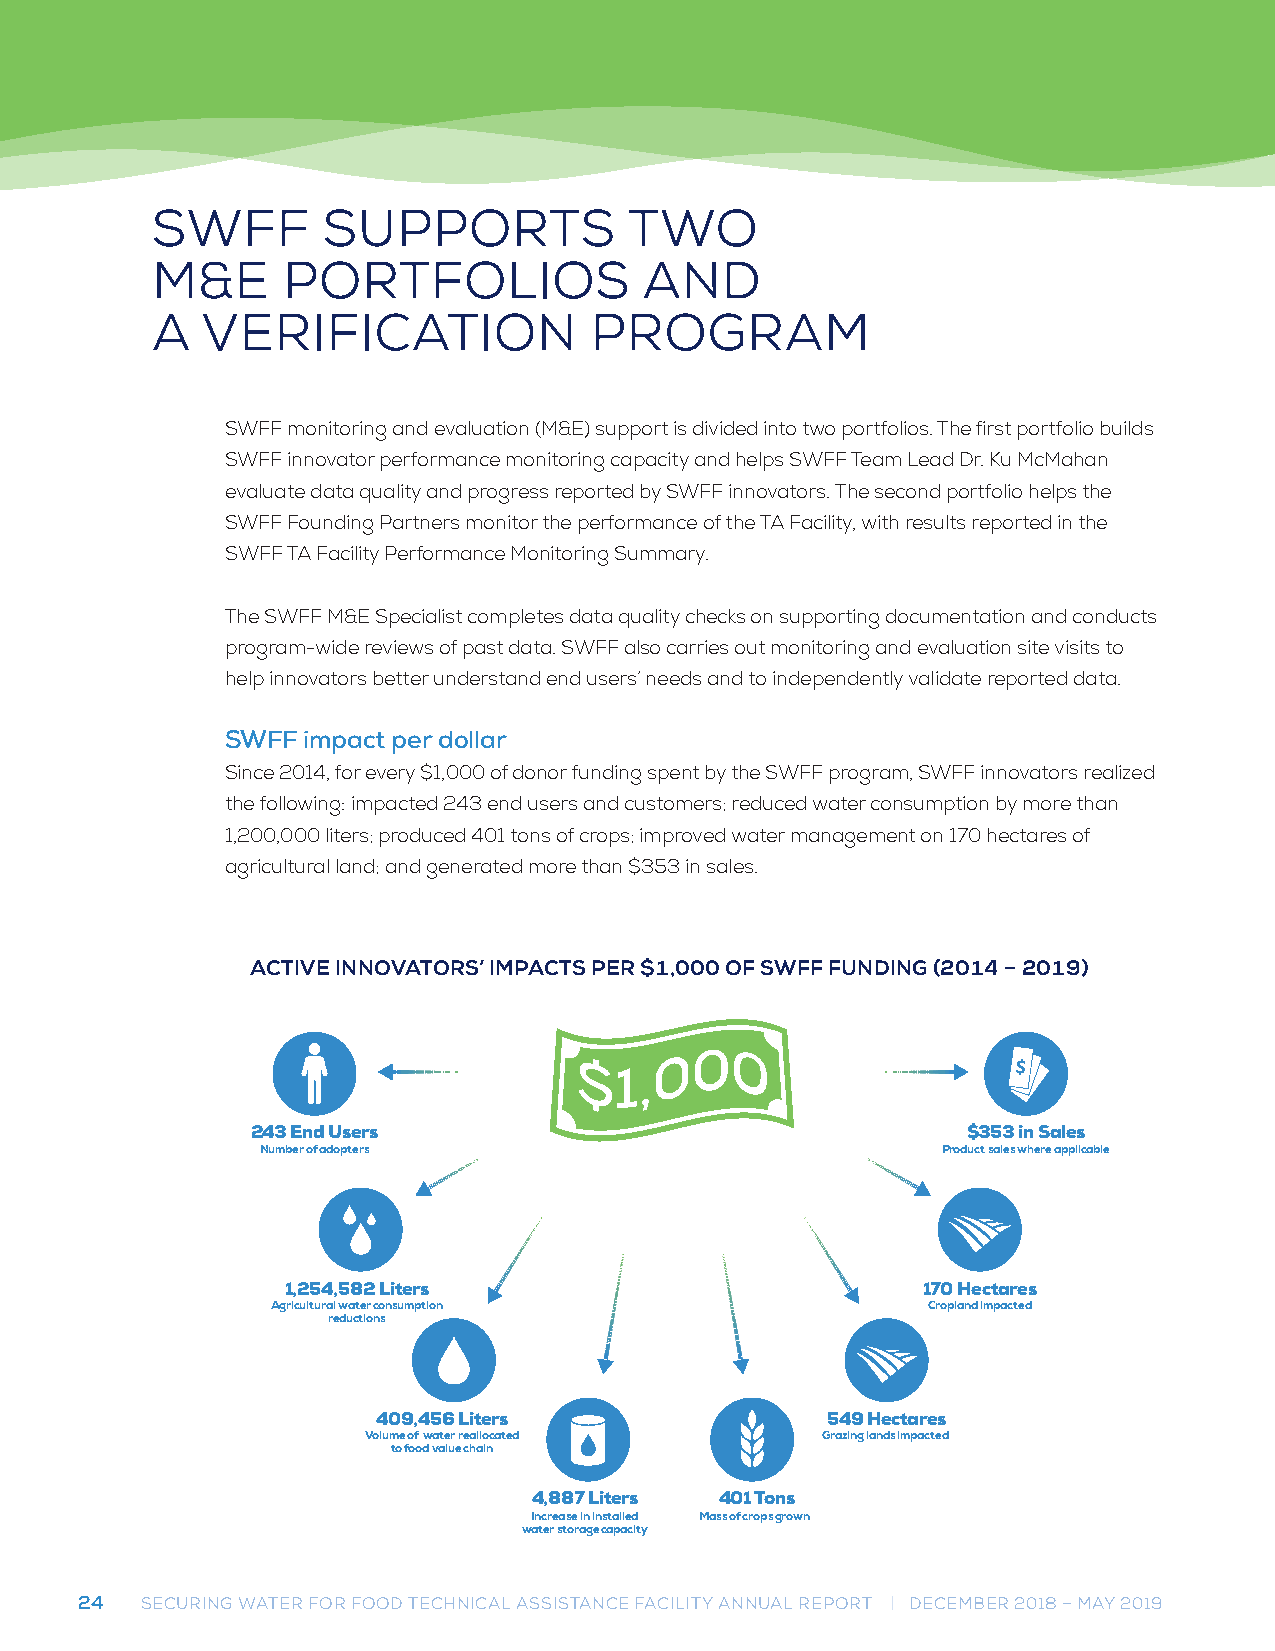
SWFF       SUPPORTS             TWO
 M&E      PORTFOLIOS              AND
 A  VERIFICATION              PROGRAM
 SWFF monitoring and evaluation (M&E) support is divided into two portfolios. The first portfolio builds
 SWFF innovator performance monitoring capacity and helps SWFF Team Lead Dr. Ku McMahan
 evaluate data quality and progress reported by SWFF innovators. The second portfolio helps the
 SWFF Founding Partners monitor the performance of the TA Facility, with results reported in the
 SWFF TA Facility Performance Monitoring Summary.
 The SWFF M&E Specialist completes data quality checks on supporting documentation and conducts
 program-wide reviews of past data. SWFF also carries out monitoring and evaluation site visits to
 help innovators better understand end users’ needs and to independently validate reported data.
 SWFF impact per dollar
 Since 2014, for every $1,000 of donor funding spent by the SWFF program, SWFF innovators realized
 the following: impacted 243 end users and customers; reduced water consumption by more than
 1,200,000 liters; produced 401 tons of crops; improved water management on 170 hectares of
 agricultural land; and generated more than $353 in sales.
 ACTIVE INNOVATORS’ IMPACTS PER $1,000
 OF SWFF FUNDING (2014 – 2019)
 ACTIVE INNOVATORS’ IMPACTS PER $1,000 OF SWFF FUNDING (2014 – 2019)
 243 End Users                                  $353 in Sales
 Number of adopters                           Product sales where applicable
 1,254,582 Liters                          170 Hectares
 Agricultural water consumption             Cropland impacted
 reductions
 409,456 Liters                549 Hectares
 Volume of water reallocated   Grazing lands impacted
 to food value chain
 4,887 Liters 401 Tons
 Increase in installed Mass of crops grown
 water storage capacity
 24  SECURING WATER FOR FOOD TECHNICAL ASSISTANCE FACILITY ANNUAL REPORT | DECEMBER 2018 – MAY 2019